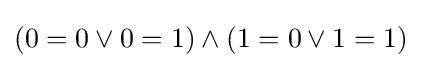
(0=0\vee 0=1)\wedge (1=0\vee 1=1)